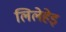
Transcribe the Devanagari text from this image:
लिलेहेइ